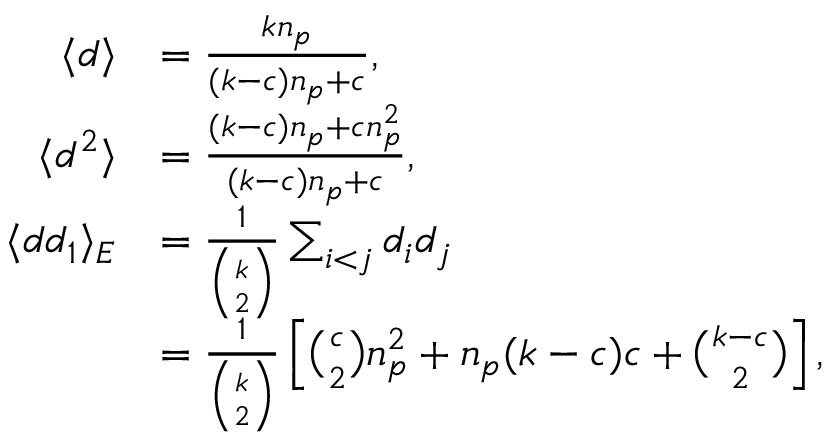
\begin{array} { r l } { \langle d \rangle } & { = \frac { k n _ { p } } { ( k - c ) n _ { p } + c } , } \\ { \langle d ^ { 2 } \rangle } & { = \frac { ( k - c ) n _ { p } + c n _ { p } ^ { 2 } } { ( k - c ) n _ { p } + c } , } \\ { \langle d d _ { 1 } \rangle _ { E } } & { = \frac { 1 } { \binom { k } { 2 } } \sum _ { i < j } d _ { i } d _ { j } } \\ & { = \frac { 1 } { \binom { k } { 2 } } \left[ \binom { c } { 2 } n _ { p } ^ { 2 } + n _ { p } ( k - c ) c + \binom { k - c } { 2 } \right] , } \end{array}